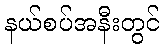
နယ်စပ်အနီးတွင်